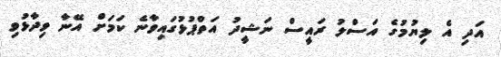
އަދި އެ ލިޔުމުގެ އަސްލު ރައީސް ނަޝީދު އަތްޕުޅުގައިވާނެ ކަަމަށް އޭނާ ވިދާޅުވި